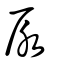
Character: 㞙